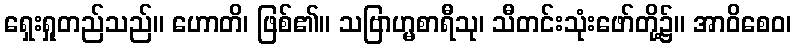
ရှေးရှုတည်သည်။ ဟောတိ၊ ဖြစ်၏။ သဗြာဟ္မစာရီသု၊ သီတင်းသုံးဖော်တို့၌။ အာဝိစေဝ၊